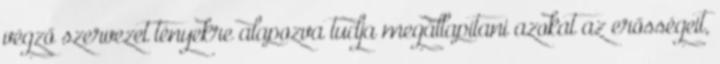
végző szervezet tényekre alapozva tudja megállapítani azokat az erősségeit,